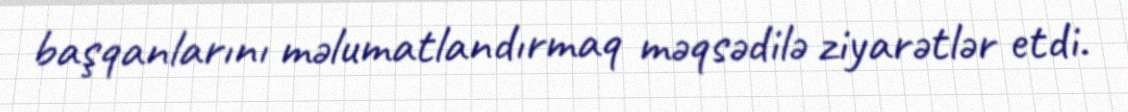
başqanlarını məlumatlandırmaq məqsədilə ziyarətlər etdi.